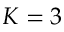
K = 3